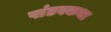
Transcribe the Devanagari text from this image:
पांडवकथा